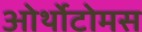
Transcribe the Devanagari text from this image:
ओर्थोटोमस